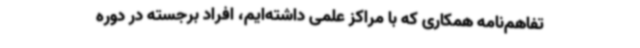
تفاهم‌نامه همکاری که با مراکز علمی داشته‌ایم، افراد برجسته در دوره